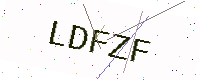
Text: LDFZF